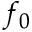
f _ { 0 }